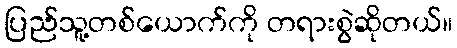
ပြည်သူ့တစ်ယောက်ကို တရားစွဲဆိုတယ်။